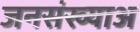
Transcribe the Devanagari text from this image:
जनसंख्याअ